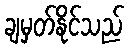
ချမှတ်နိုင်သည်